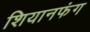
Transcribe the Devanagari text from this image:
शियानफंग